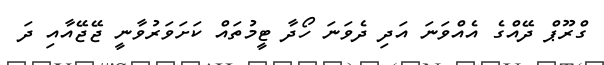
ގްރޫޕް ދޭއްގެ އެއްވަނަ އަދި ދެވަނަ ހޯދާ ޓީމުތައް ކަށަވަރުވާނީ ޖޭޖޭއާއި ދަ